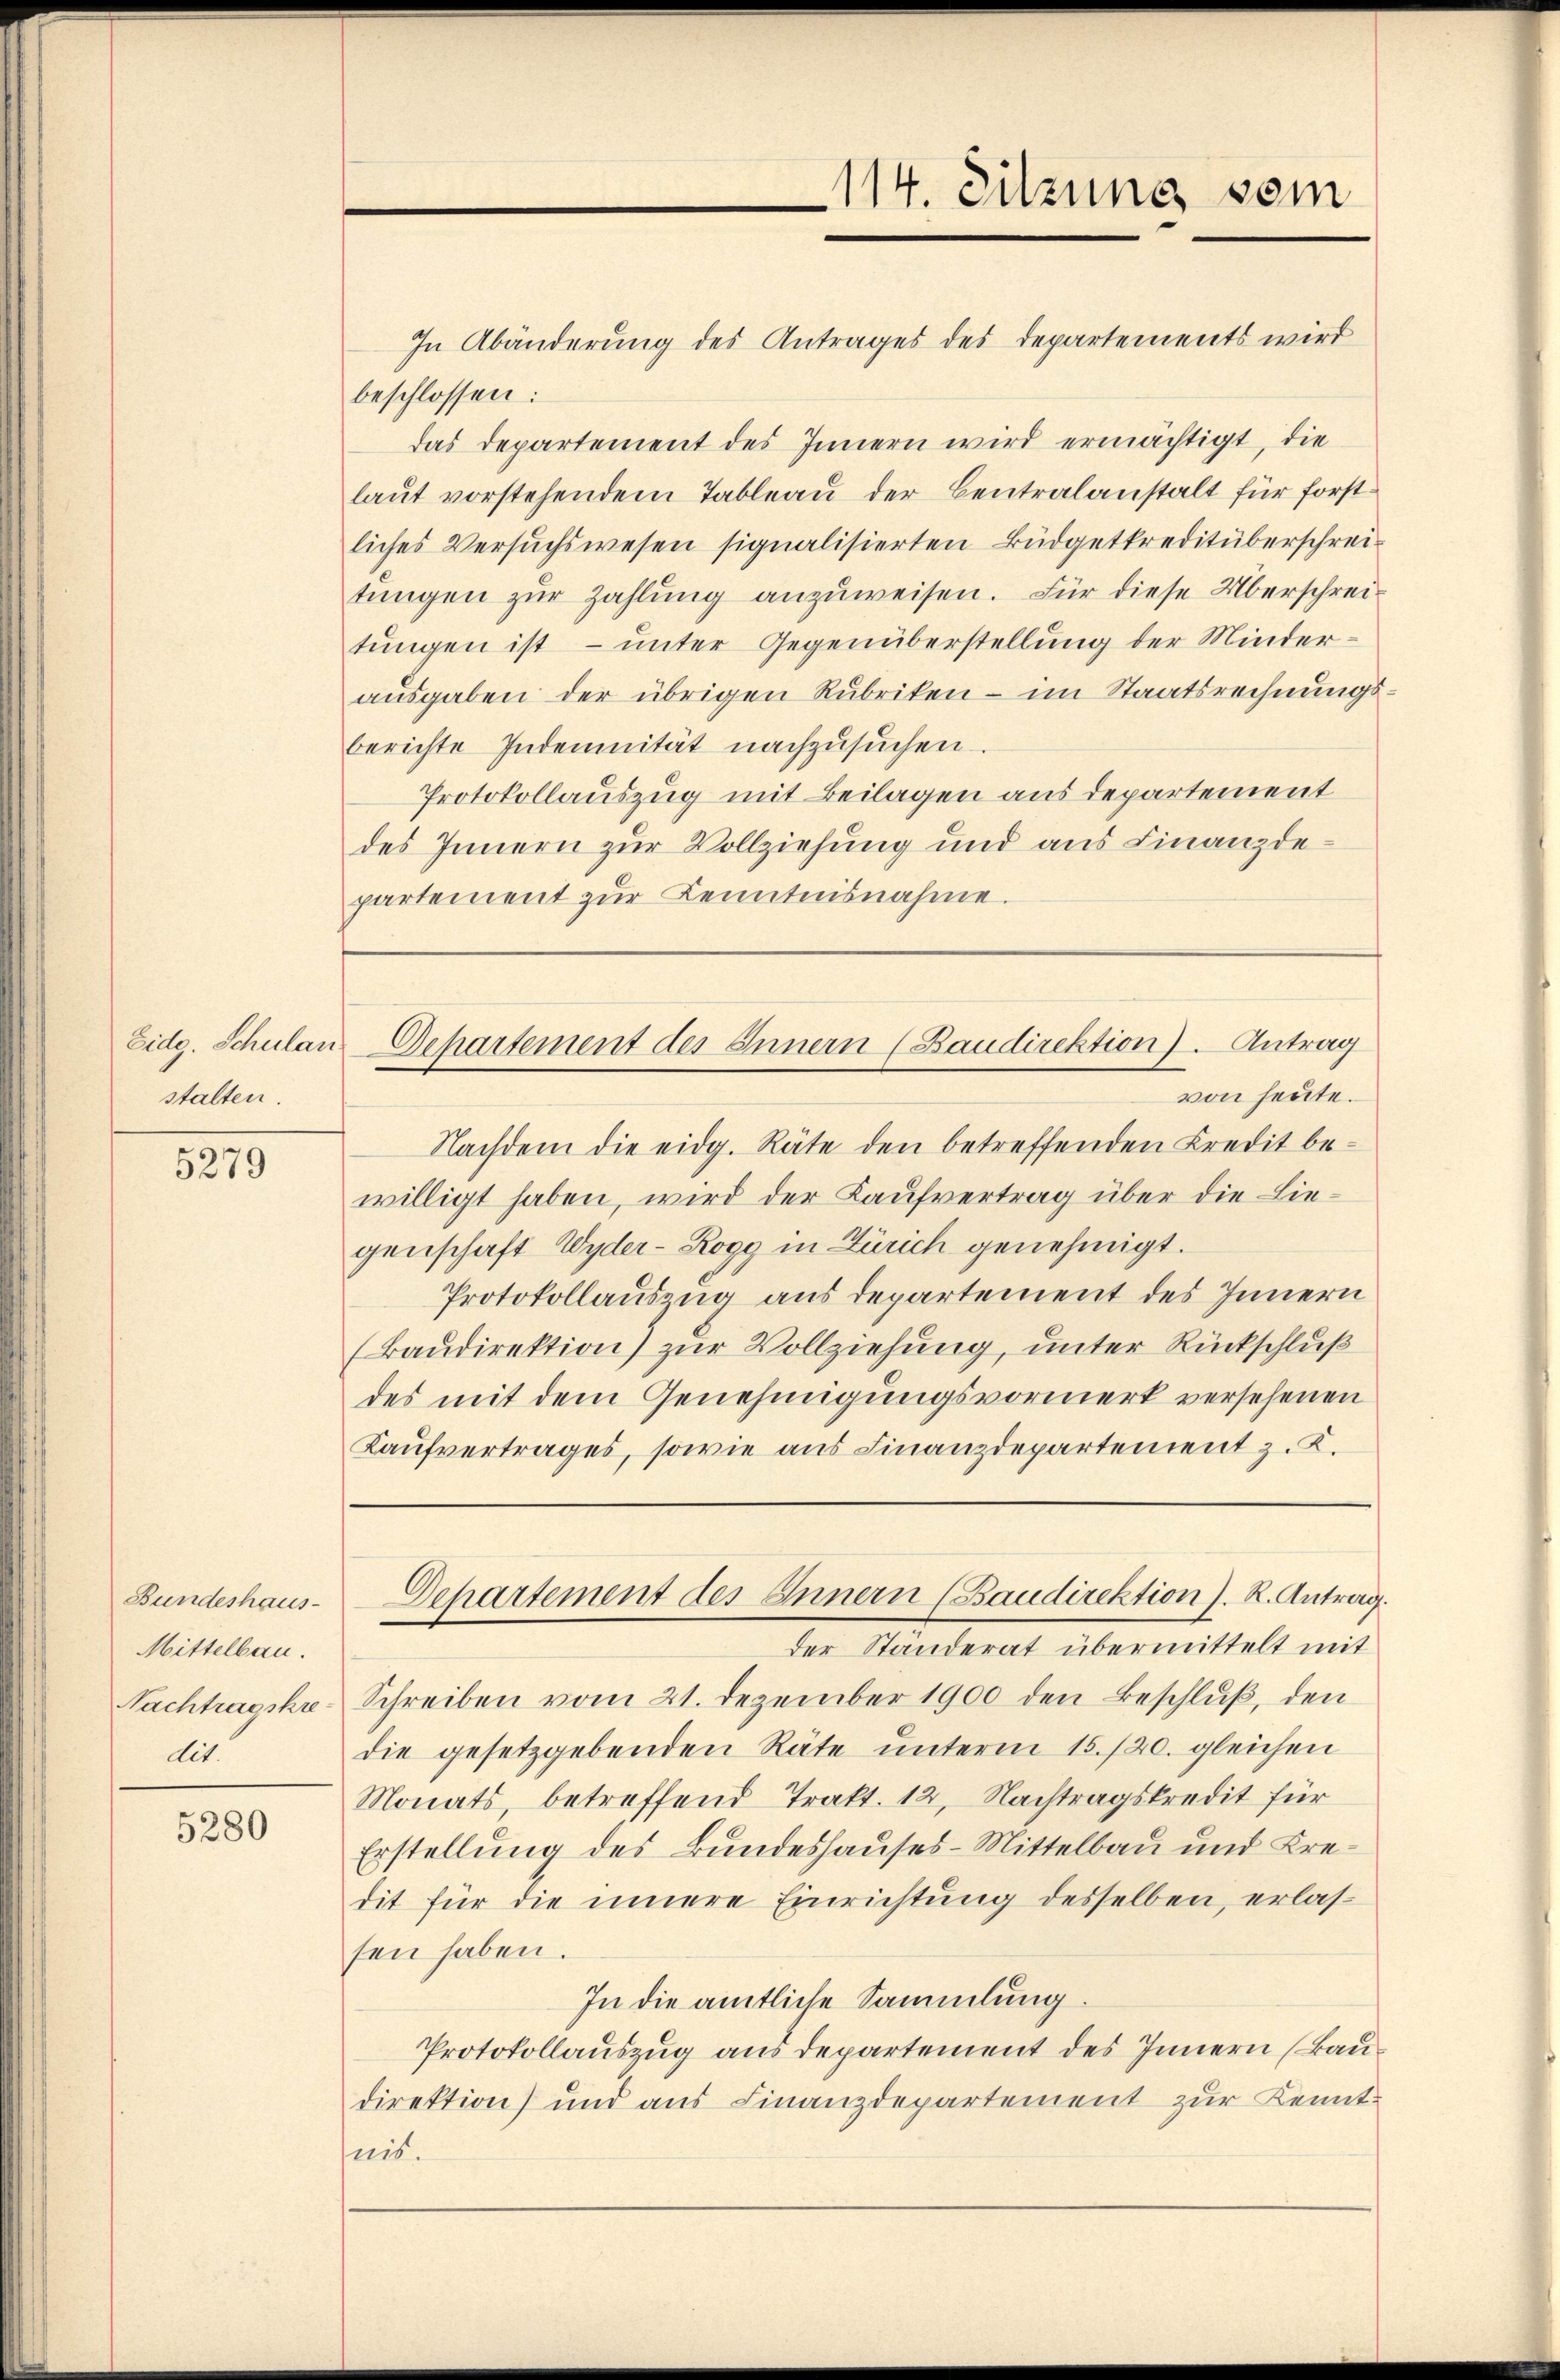
stalten.

5275

Bundeshaus-
Mittelbau.
Nachtragskre
dit.

5280

114. Sitzung sein

In Abänderung des Antrages des Departements wird
beschlossen:
das Departement des Innern wird ermächtigt, die
laŭt vorstehendem Tableau der Centralanstalt für forstliches Versŭchswesen signalisierten Büdgetkreditüberschrei-
tungen zur Zahlung anzuweisen. Für diese Überschreitŭngen ist – unter Gegenüberstellung der Minder-
aŭsgaben der übrigen Rubriken - im Staatsrechnungs-
berichte Indemnität nachzusuchen.
Protokollauszug mit Beilagen aus departement
des Innern zur Vollziehung und aus Finanzdepartement zŭr Kenntnisnahme.

Eidg. Schulan Departement des Innern (Baudirektion). Antrag
von heute.

Nachdem die eidg. Räte den betreffenden Kredit be-
willigt haben, wird der Kaufvertrag über die Liegenschaft Wyder- Rogg in Zürich genehmigt.
Protokollauszug aus departement des Innern
(Baudirektion) zur Vollziehung, unter Rückschluß
des mit dem Genehmigungsvormerk versehenen
Kaufvertrages, sowie aus Finanzdepartement z. K.

der Ständerat übermittelt mit
Schreiben vom 21. Dezember 1900 den Beschluß, den
die gesetzgebenden Räte unterm 15./20. gleichen
Monats betreffend Trakt. 12, Nachtragskredit für
Erstellung des Bundeshauses - Mittelbau und Kredit für die innere Einrichtung desselben, erlassen haben.
In die amtliche Sammlung.
Protokollauszug aus departement des Innern (Baudirektion) und aus Finanzdepartement zur Kenntnis.

Departement des Innern (Baudirektion J. R. Antrag.